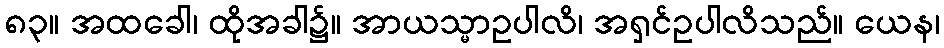
၈၃။ အထခေါ၊ ထိုအခါ၌။ အာယသ္မာဥပါလိ၊ အရှင်ဥပါလိသည်။ ယေန၊